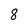
Character: 8